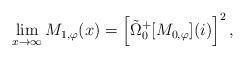
\begin{align*}\lim\limits_{x \rightarrow \infty} M_{1,\varphi}(x) = \left[\tilde{\Omega}_{0}^{+}[M_{0,\varphi}](i)\right]^2,\end{align*}